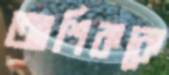
আশিককে